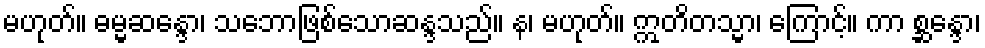
မဟုတ်။ ဓမ္မဆန္ဒော၊ သဘောဖြစ်သောဆန္ဒသည်။ န၊ မဟုတ်။ ဣတိတသ္မာ၊ ကြောင့်။ ကာ စ္ဆန္ဒော၊